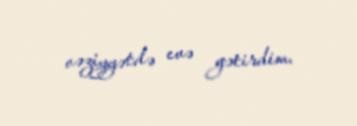
vəziyyətdə evə gətirdim.